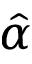
\hat { \alpha }